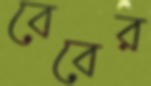
বেবের